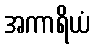
အကာရိယံ